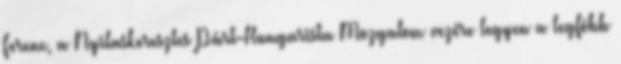
Ferenc, a Nyilaskeresztes Párt-Hungarista Mozgalom vezére legyen a legfõbb